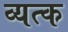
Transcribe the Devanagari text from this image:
व्यत्क